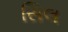
સિલ